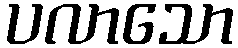
ပလာသော